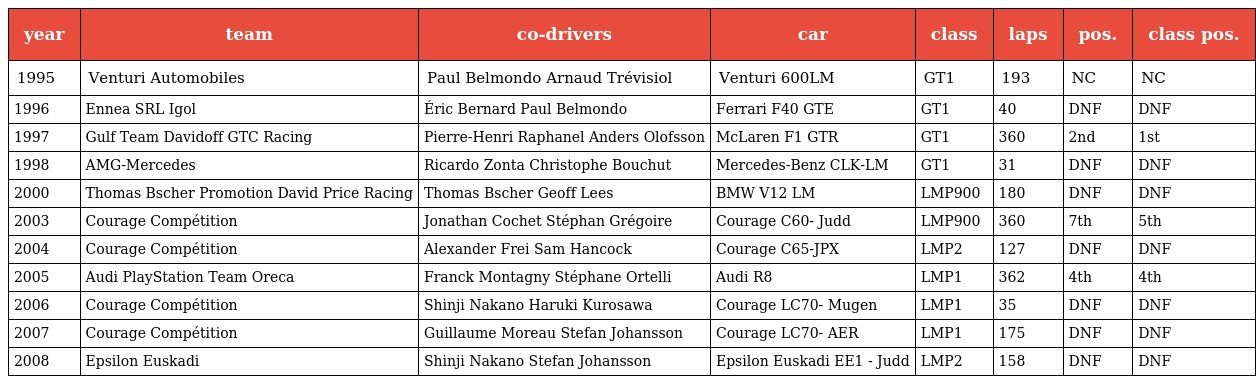
| year | team | co-drivers | car | class | laps | pos. | class pos. |
 | --- | --- | --- | --- | --- | --- | --- | --- |
 | 1995 | Venturi Automobiles | Paul Belmondo Arnaud Trévisiol | Venturi 600LM | GT1 | 193 | NC | NC |
 | 1996 | Ennea SRL Igol | Éric Bernard Paul Belmondo | Ferrari F40 GTE | GT1 | 40 | DNF | DNF |
 | 1997 | Gulf Team Davidoff GTC Racing | Pierre-Henri Raphanel Anders Olofsson | McLaren F1 GTR | GT1 | 360 | 2nd | 1st |
 | 1998 | AMG-Mercedes | Ricardo Zonta Christophe Bouchut | Mercedes-Benz CLK-LM | GT1 | 31 | DNF | DNF |
 | 2000 | Thomas Bscher Promotion David Price Racing | Thomas Bscher Geoff Lees | BMW V12 LM | LMP900 | 180 | DNF | DNF |
 | 2003 | Courage Compétition | Jonathan Cochet Stéphan Grégoire | Courage C60- Judd | LMP900 | 360 | 7th | 5th |
 | 2004 | Courage Compétition | Alexander Frei Sam Hancock | Courage C65-JPX | LMP2 | 127 | DNF | DNF |
 | 2005 | Audi PlayStation Team Oreca | Franck Montagny Stéphane Ortelli | Audi R8 | LMP1 | 362 | 4th | 4th |
 | 2006 | Courage Compétition | Shinji Nakano Haruki Kurosawa | Courage LC70- Mugen | LMP1 | 35 | DNF | DNF |
 | 2007 | Courage Compétition | Guillaume Moreau Stefan Johansson | Courage LC70- AER | LMP1 | 175 | DNF | DNF |
 | 2008 | Epsilon Euskadi | Shinji Nakano Stefan Johansson | Epsilon Euskadi EE1 - Judd | LMP2 | 158 | DNF | DNF |